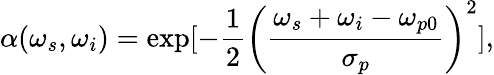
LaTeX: \alpha(\omega_{s},\omega_{i})=\exp[-\frac{1}{2}\left(\frac{\omega_{s}+\omega_{i}-\omega_{p0}}{\sigma_{p}}\right)^{2}],